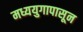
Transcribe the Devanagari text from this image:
मध्ययुगापासून